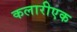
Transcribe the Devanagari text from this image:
कलारीएक